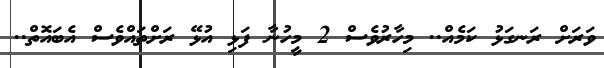
ވަރަށް ރަނގަޅު ކަމެއް.. މިހާރުވެސް 2 މީހުނާ ފަޅި އުޅޭ ރަށްތައްވެސް އެބައޮތް..